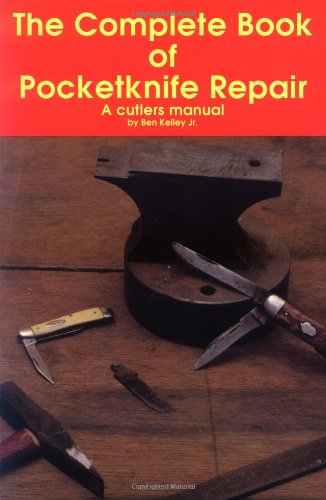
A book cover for The Complete Book of Pocketknife Repair: A Cutlers Manual; Ben Kelley Jr.; Crafts, Hobbies & Home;